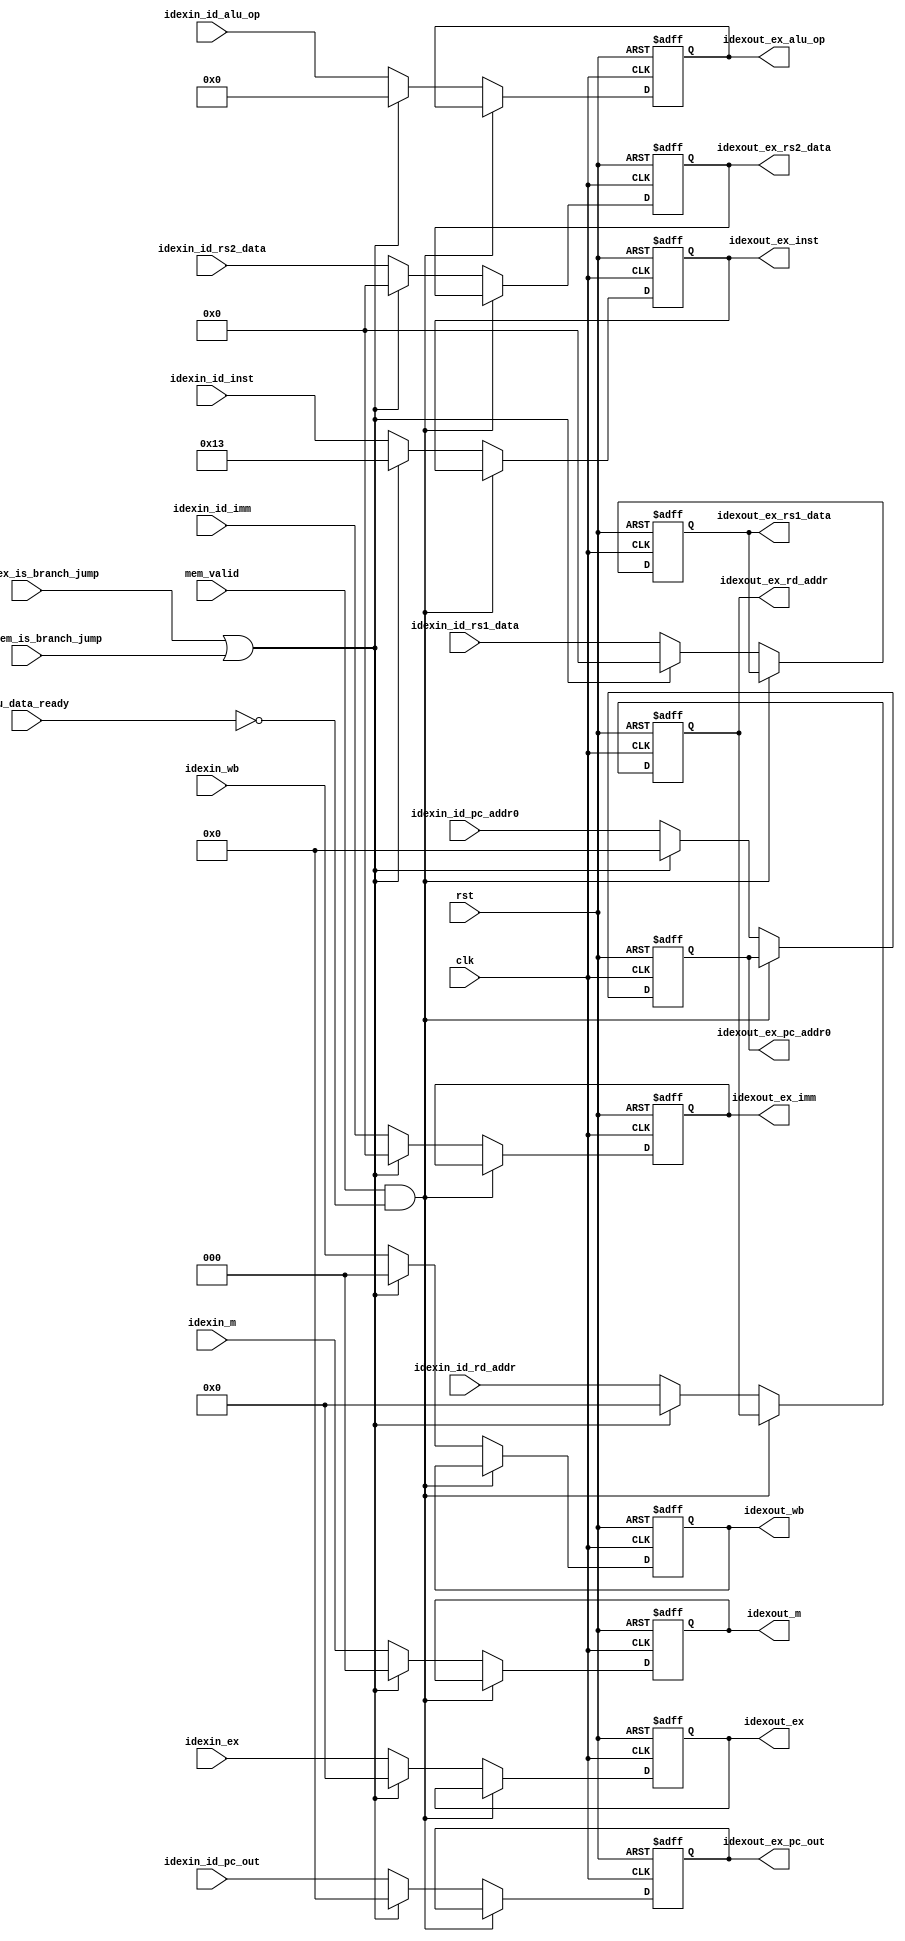
module IDEXREG (
    input clk,
    input rst,

    input mem_valid,
    input mmu_data_ready,

    input [4:0] idexin_ex,
    input [2:0] idexin_m,
    input [2:0] idexin_wb,
    input [31:0] idexin_id_pc_out,
    input [63:0] idexin_id_rs1_data,
    input [63:0] idexin_id_rs2_data,
    input [63:0] idexin_id_imm,
    input [3:0] idexin_id_alu_op,
    input [4:0] idexin_id_rd_addr,
    input [31:0] idexin_id_pc_addr0,
    input [31:0] idexin_id_inst,
    input idexin_ex_is_branch_jump,
    input idexin_mem_is_branch_jump,

    output [4:0] idexout_ex,
    output [2:0] idexout_m,
    output [2:0] idexout_wb,
    output [31:0] idexout_ex_pc_out,
    output [63:0] idexout_ex_rs1_data,
    output [63:0] idexout_ex_rs2_data,
    output [63:0] idexout_ex_imm,
    output [3:0] idexout_ex_alu_op,
    output [4:0] idexout_ex_rd_addr,
    output [31:0] idexout_ex_pc_addr0,
    output [31:0] idexout_ex_inst
);

    reg [4:0] idexout_ex_reg;
    reg [2:0] idexout_m_reg;
    reg [2:0] idexout_wb_reg;
    reg [31:0] idexout_ex_pc_out_reg;
    reg [63:0] idexout_ex_rs1_data_reg;
    reg [63:0] idexout_ex_rs2_data_reg;
    reg [63:0] idexout_ex_imm_reg;
    reg [3:0] idexout_ex_alu_op_reg;
    reg [4:0] idexout_ex_rd_addr_reg;
    reg [31:0] idexout_ex_pc_addr0_reg;
    reg [31:0] idexout_ex_inst_reg;
    
    always @(posedge clk or posedge rst)
    begin
        if(rst) begin
            idexout_ex_reg <= 5'b0;
            idexout_m_reg <= 3'b0;
            idexout_wb_reg <= 4'b0;
            idexout_ex_pc_out_reg <= 32'b0;
            idexout_ex_rs1_data_reg <= 64'b0;
            idexout_ex_rs2_data_reg <= 64'b0;
            idexout_ex_imm_reg <= 64'b0;
            idexout_ex_alu_op_reg <= 4'b0;
            idexout_ex_rd_addr_reg <= 5'b0;
            idexout_ex_pc_addr0_reg <= 32'b0;
            idexout_ex_inst_reg <= 32'h00000013;
        end else if( mem_valid==1'b1 && mmu_data_ready==1'b0) begin
            idexout_ex_reg <= idexout_ex_reg;
            idexout_m_reg <= idexout_m_reg;
            idexout_wb_reg <= idexout_wb_reg;
            idexout_ex_pc_out_reg <= idexout_ex_pc_out_reg;
            idexout_ex_rs1_data_reg <= idexout_ex_rs1_data_reg;
            idexout_ex_rs2_data_reg <= idexout_ex_rs2_data_reg;
            idexout_ex_imm_reg <= idexout_ex_imm_reg;
            idexout_ex_alu_op_reg <= idexout_ex_alu_op_reg;
            idexout_ex_rd_addr_reg <= idexout_ex_rd_addr_reg;
            idexout_ex_pc_addr0_reg <= idexout_ex_pc_addr0_reg;
            idexout_ex_inst_reg <= idexout_ex_inst_reg;
        end
        
        else if (idexin_ex_is_branch_jump || idexin_mem_is_branch_jump) begin
            idexout_ex_reg <= 5'b0;
            idexout_m_reg <= 3'b0;
            idexout_wb_reg <= 4'b0;
            idexout_ex_pc_out_reg <= 32'b0;
            idexout_ex_rs1_data_reg <= 64'b0;
            idexout_ex_rs2_data_reg <= 64'b0;
            idexout_ex_imm_reg <= 64'b0;
            idexout_ex_alu_op_reg <= 4'b0;
            idexout_ex_rd_addr_reg <= 5'b0;
            idexout_ex_pc_addr0_reg <= 32'b0;
            idexout_ex_inst_reg <= 32'h00000013;
        end else begin
            idexout_ex_reg <= idexin_ex;
            idexout_m_reg <= idexin_m;
            idexout_wb_reg <= idexin_wb;
            idexout_ex_pc_out_reg <= idexin_id_pc_out;
            idexout_ex_rs1_data_reg <= idexin_id_rs1_data;
            idexout_ex_rs2_data_reg <= idexin_id_rs2_data;
            idexout_ex_imm_reg <= idexin_id_imm;
            idexout_ex_alu_op_reg <= idexin_id_alu_op;
            idexout_ex_rd_addr_reg <= idexin_id_rd_addr;
            idexout_ex_pc_addr0_reg <= idexin_id_pc_addr0;
            idexout_ex_inst_reg <= idexin_id_inst;
        end
    end

    assign idexout_ex = idexout_ex_reg;
    assign idexout_m = idexout_m_reg;
    assign idexout_wb = idexout_wb_reg;
    assign idexout_ex_pc_out = idexout_ex_pc_out_reg;
    assign idexout_ex_rs1_data = idexout_ex_rs1_data_reg;
    assign idexout_ex_rs2_data = idexout_ex_rs2_data_reg;
    assign idexout_ex_imm = idexout_ex_imm_reg;
    assign idexout_ex_alu_op = idexout_ex_alu_op_reg;
    assign idexout_ex_rd_addr = idexout_ex_rd_addr_reg;
    assign idexout_ex_pc_addr0 = idexout_ex_pc_addr0_reg;
    assign idexout_ex_inst = idexout_ex_inst_reg;

endmodule